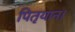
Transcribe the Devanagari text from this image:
पितृयान।